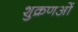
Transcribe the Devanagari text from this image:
शुक्रणओं